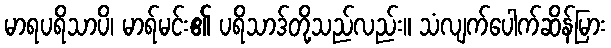
မာရပရိသာပိ၊ မာရ်မင်း၏ ပရိသာဒ်တို့သည်လည်း။ သံလျက်ပေါက်ဆိန်မြား